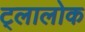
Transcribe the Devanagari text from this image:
ट्लालोक